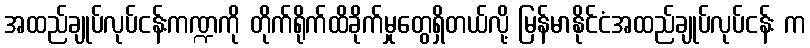
အထည်ချုပ်လုပ်ငန်းကဏ္ဍကို တိုက်ရိုက်ထိခိုက်မှုတွေရှိတယ်လို့ မြန်မာနိုင်ငံအထည်ချုပ်လုပ်ငန်း က